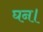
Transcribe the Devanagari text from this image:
घन।